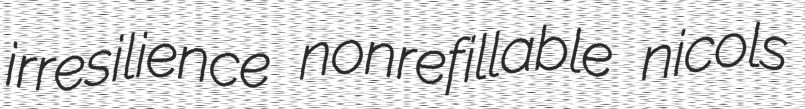
irresilience nonrefillable nicols